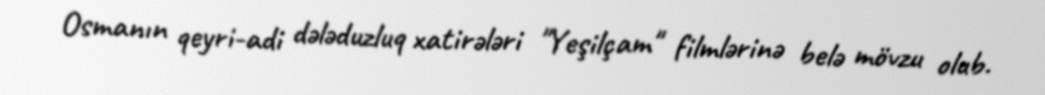
Osmanın qeyri-adi dələduzluq xatirələri "Yeşilçam" filmlərinə belə mövzu olub.